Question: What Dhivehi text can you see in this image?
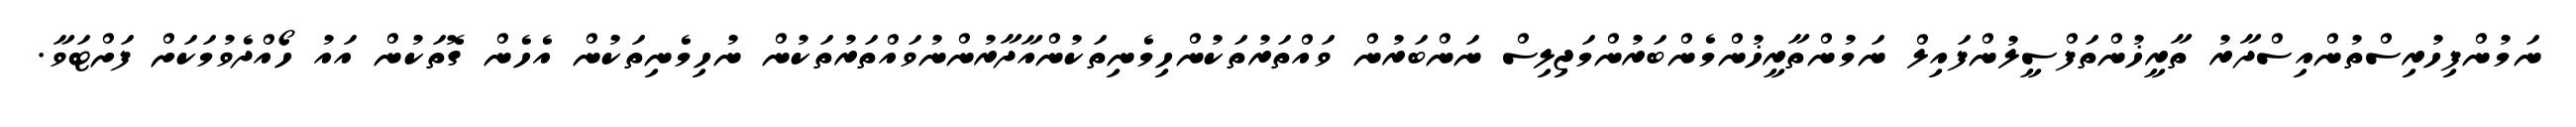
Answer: ނަމުންފިހުރިސްތުންއިސްދާރު ތާރީޚުންތަފްސީލުންފައިލް ނަމުންތާރީޚުންމެންބަރުންމަޖިލިސް ނަންބަރުން ވައްތަރުތަކުންހިމެނިތަކުންއާދާރުންނުވައްތަރުތަކުން ނުހިމެނިތަކުން އެހެން ގޮތަކުން އައު ހޯއްދެވުމަކަށް ފަށްޓަވާ.